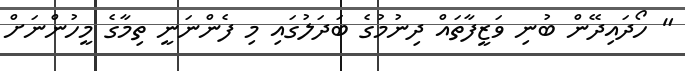
" ހޯދައިދޭން ބުނި ވަޒީފާތައް ދިނުމުގެ ބަދަލުގައި މި ފެންނަނީ ތިމާގެ މީހުންނަށް